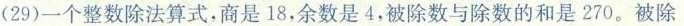
(29)一个整数除法算式，商是18，余数是4，被除数与除数的和是270.被除